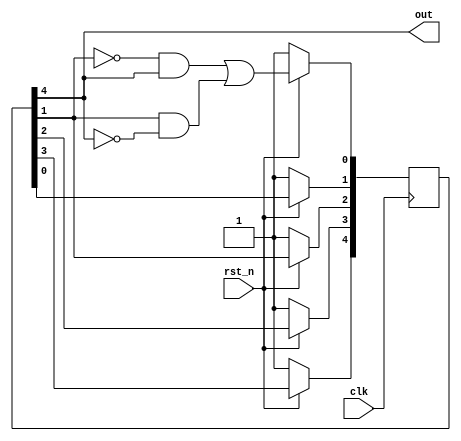
`timescale 1ns/1ps

module LFSR (clk, rst_n, out);
input clk, rst_n;
output out;
reg [4:0] dff;


    always @(posedge clk)begin
        if(rst_n == 1'b0)begin
            dff <= 5'b11111; 
        end
        else begin
            dff[4] <= dff[3];
            dff[3] <= dff[2];
            dff[2] <= dff[1];
            dff[1] <= dff[0];
            dff[0] <= (~dff[1] & dff[4]) | (dff[1] & ~dff[4]);
        end
    end
    assign out = dff[4];

endmodule